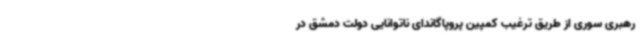
رهبری سوری از طریق ترغیب کمپین پروپاگاندای ناتوانایی دولت دمشق در